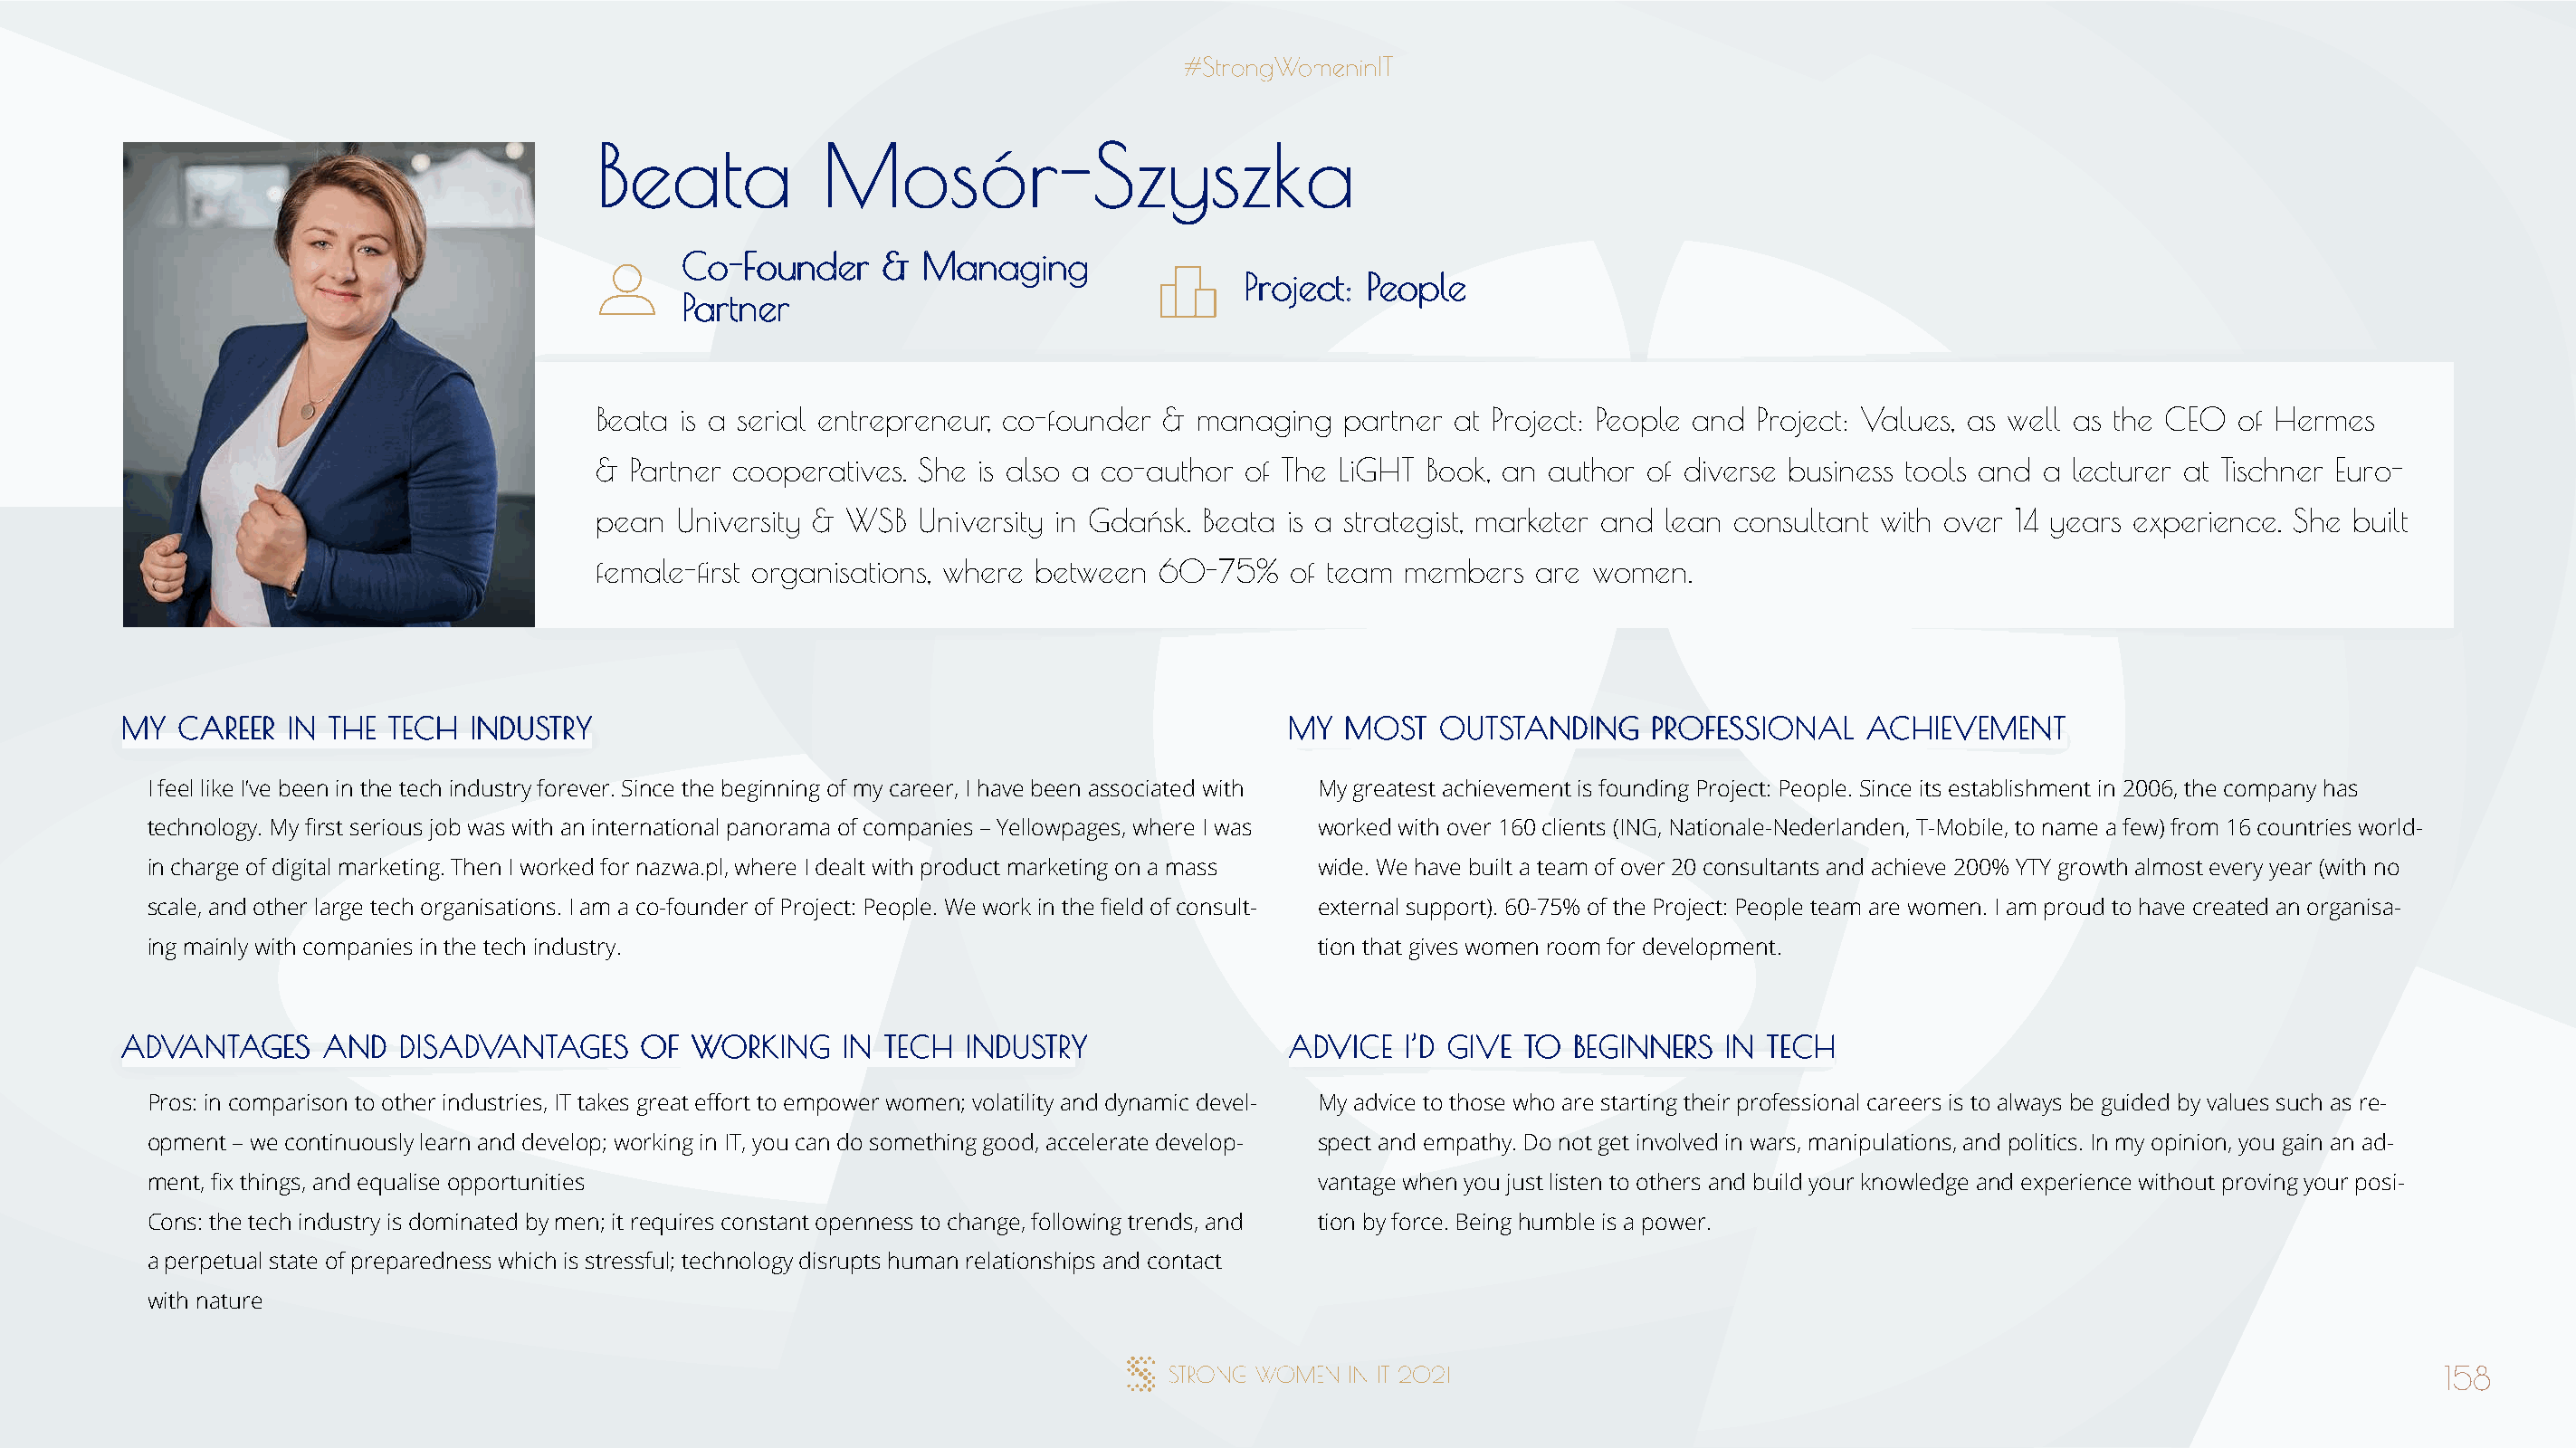
BBeeaattaa      MMoossóórr--SSzzyysszzkkaa
 CCoo--FFoouunnddeerr && MMaannaaggiinngg
 PPrroojjeecctt:: PPeeooppllee
 PPaarrttnneerr
 Beata is a serial entrepreneur, co-founder & managing partner at Project: People and Project: Values, as well as the CEO of Hermes
 & Partner cooperatives. She is also a co-author of The LiGHT Book, an author of diverse business tools and a lecturer at Tischner Euro-
 pean University & WSB  University in Gdańsk. Beata is a strategist, marketer and lean consultant with over 14 years experience. She built
 female-first organisations, where between 60-75%  of team  members  are women.
 MMYY CCAARREEEERR IINN TTHHEE TTEECCHH IINNDDUUSSTTRRYY                              MMYY MMOOSSTT OOUUTTSSTTAANNDDIINNGG PPRROOFFEESSSSIIOONNAALL AACCHHIIEEVVEEMMEENNTT
 I feel like I’ve been in the tech industry forever. Since the beginning of my career, I have been associated with My greatest achievement is founding Project: People. Since its establishment in 2006, the company has
 technology. My first serious job was with an international panorama of companies – Yellowpages, where I was worked with over 160 clients (ING, Nationale-Nederlanden, T-Mobile, to name a few) from 16 countries world-
 in charge of digital marketing. Then I worked for nazwa.pl, where I dealt with product marketing on a mass wide. We have built a team of over 20 consultants and achieve 200% YTY growth almost every year (with no
 scale, and other large tech organisations. I am a co-founder of Project: People. We work in the field of consult- external support). 60-75% of the Project: People team are women. I am proud to have created an organisa-
 ing mainly with companies in the tech industry.                                      tion that gives women room for development.
 AADDVVAANNTTAAGGEESS AANNDD DDIISSAADDVVAANNTTAAGGEESS OOFF WWOORRKKIINNGG IINN TTEECCHH IINNDDUUSSTTRRYY AADDVVIICCEE II’’DD GGIIVVEE TTOO BBEEGGIINNNNEERRSS IINN TTEECCHH
 Pros: in comparison to other industries, IT takes great effort to empower women; volatility and dynamic devel- My advice to those who are starting their professional careers is to always be guided by values such as re-
 opment – we continuously learn and develop; working in IT, you can do something good, accelerate develop- spect and empathy. Do not get involved in wars, manipulations, and politics. In my opinion, you gain an ad-
 ment, fix things, and equalise opportunities                                         vantage when you just listen to others and build your knowledge and experience without proving your posi-
 Cons: the tech industry is dominated by men; it requires constant openness to change, following trends, and tion by force. Being humble is a power.
 a perpetual state of preparedness which is stressful; technology disrupts human relationships and contact
 with nature
 158